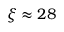
\xi \approx 2 8